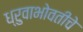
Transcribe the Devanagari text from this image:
ध्रुवाभोवतीचे